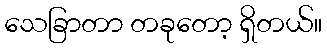
သေခြာတာ တခုတော့ ရှိတယ်။